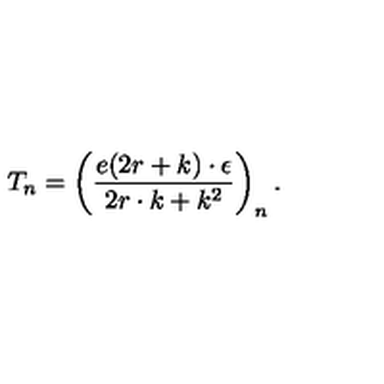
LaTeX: T _ { n } = \left( \frac { e ( 2 r + k ) \cdot \epsilon } { 2 r \cdot k + k ^ { 2 } } \right) _ { n } .